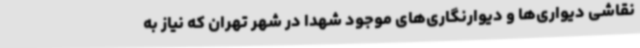
نقاشی دیواری‌ها و دیوارنگاری‌های موجود شهدا در شهر تهران که نیاز به